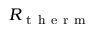
R _ { \mathrm { ~ t ~ h ~ e ~ r ~ m ~ } }